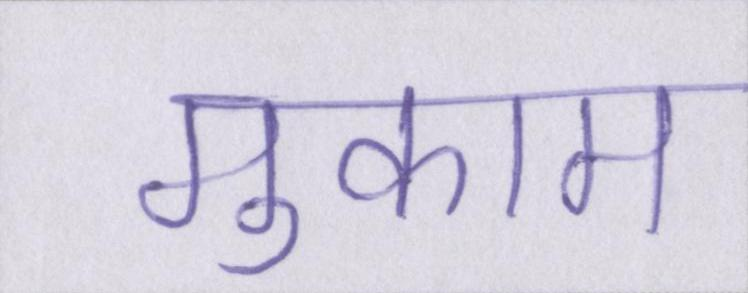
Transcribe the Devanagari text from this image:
मुकाम